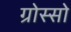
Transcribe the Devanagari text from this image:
ग्रोस्सो